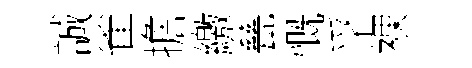
誠雀擔繳甆慨孚裸